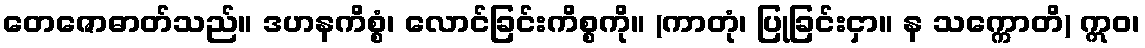
တေဇောဓာတ်သည်။ ဒဟနကိစ္စံ၊ လောင်ခြင်းကိစ္စကို။ (ကာတုံ၊ ပြုခြင်းငှာ။ န သက္ကောတိ) ဣဝ၊